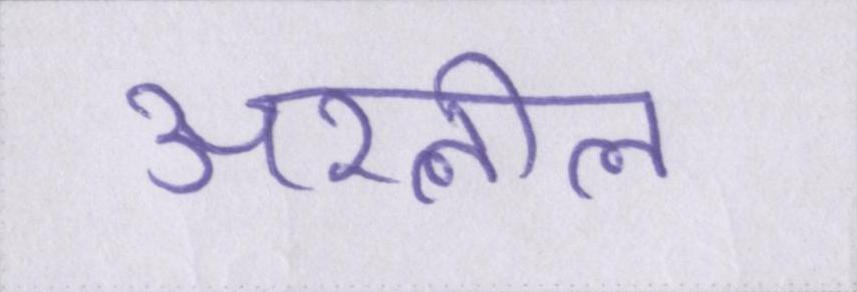
अश्लील